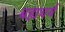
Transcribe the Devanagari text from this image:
बह्यचर्य